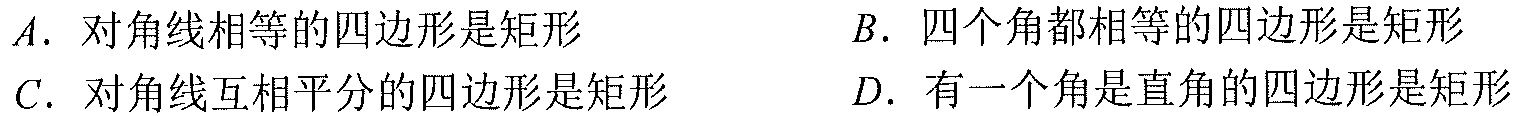
$A$. 对角线相等的四边形是矩形 \quad $B$. 四个角都相等的四边形是矩形
$C$. 对角线互相平分的四边形是矩形 \quad $D$. 有一个角是直角的四边形是矩形